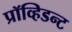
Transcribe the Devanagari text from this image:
प्रॉव्हिडन्ट